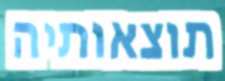
תוצאותיה